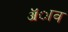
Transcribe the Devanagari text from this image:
ॲाव